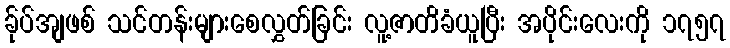
ခ်ုပ်အျဖစ် သင်တန်းများစေလွှတ်ခြင်း လူ့ဇာတိခံယူပြီး အပိုင်းလေးကို ၁၇၅၇